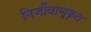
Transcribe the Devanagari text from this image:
निर्जीवाणुकृत